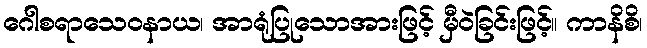
ဂေါစရာသေဝနာယ၊ အာရုံပြုသောအားဖြင့် မှီဝဲခြင်းဖြင့်။ ကာနိစိ၊